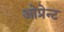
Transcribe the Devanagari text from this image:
ओप्रेन्ट